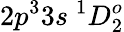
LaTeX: {2p^{3}3s~^{1}D_{2}^{o}}